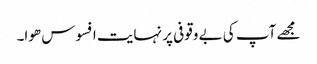
مجھے آپ کی بے وقوفی پر نہایت افسوس ھوا۔